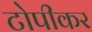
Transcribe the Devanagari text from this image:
टोपीकर